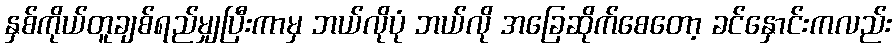
နှစ်ကိုယ်တူချစ်ရည်မျှပြီးကာမှ ဘယ်လိုပုံ ဘယ်လို အခြေဆိုက်စေတော့ ခင်နှောင်းကလည်း